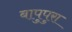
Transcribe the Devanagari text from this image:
बापुपुरा